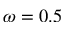
\omega = 0 . 5